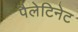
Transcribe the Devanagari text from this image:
पैलेटिनेट